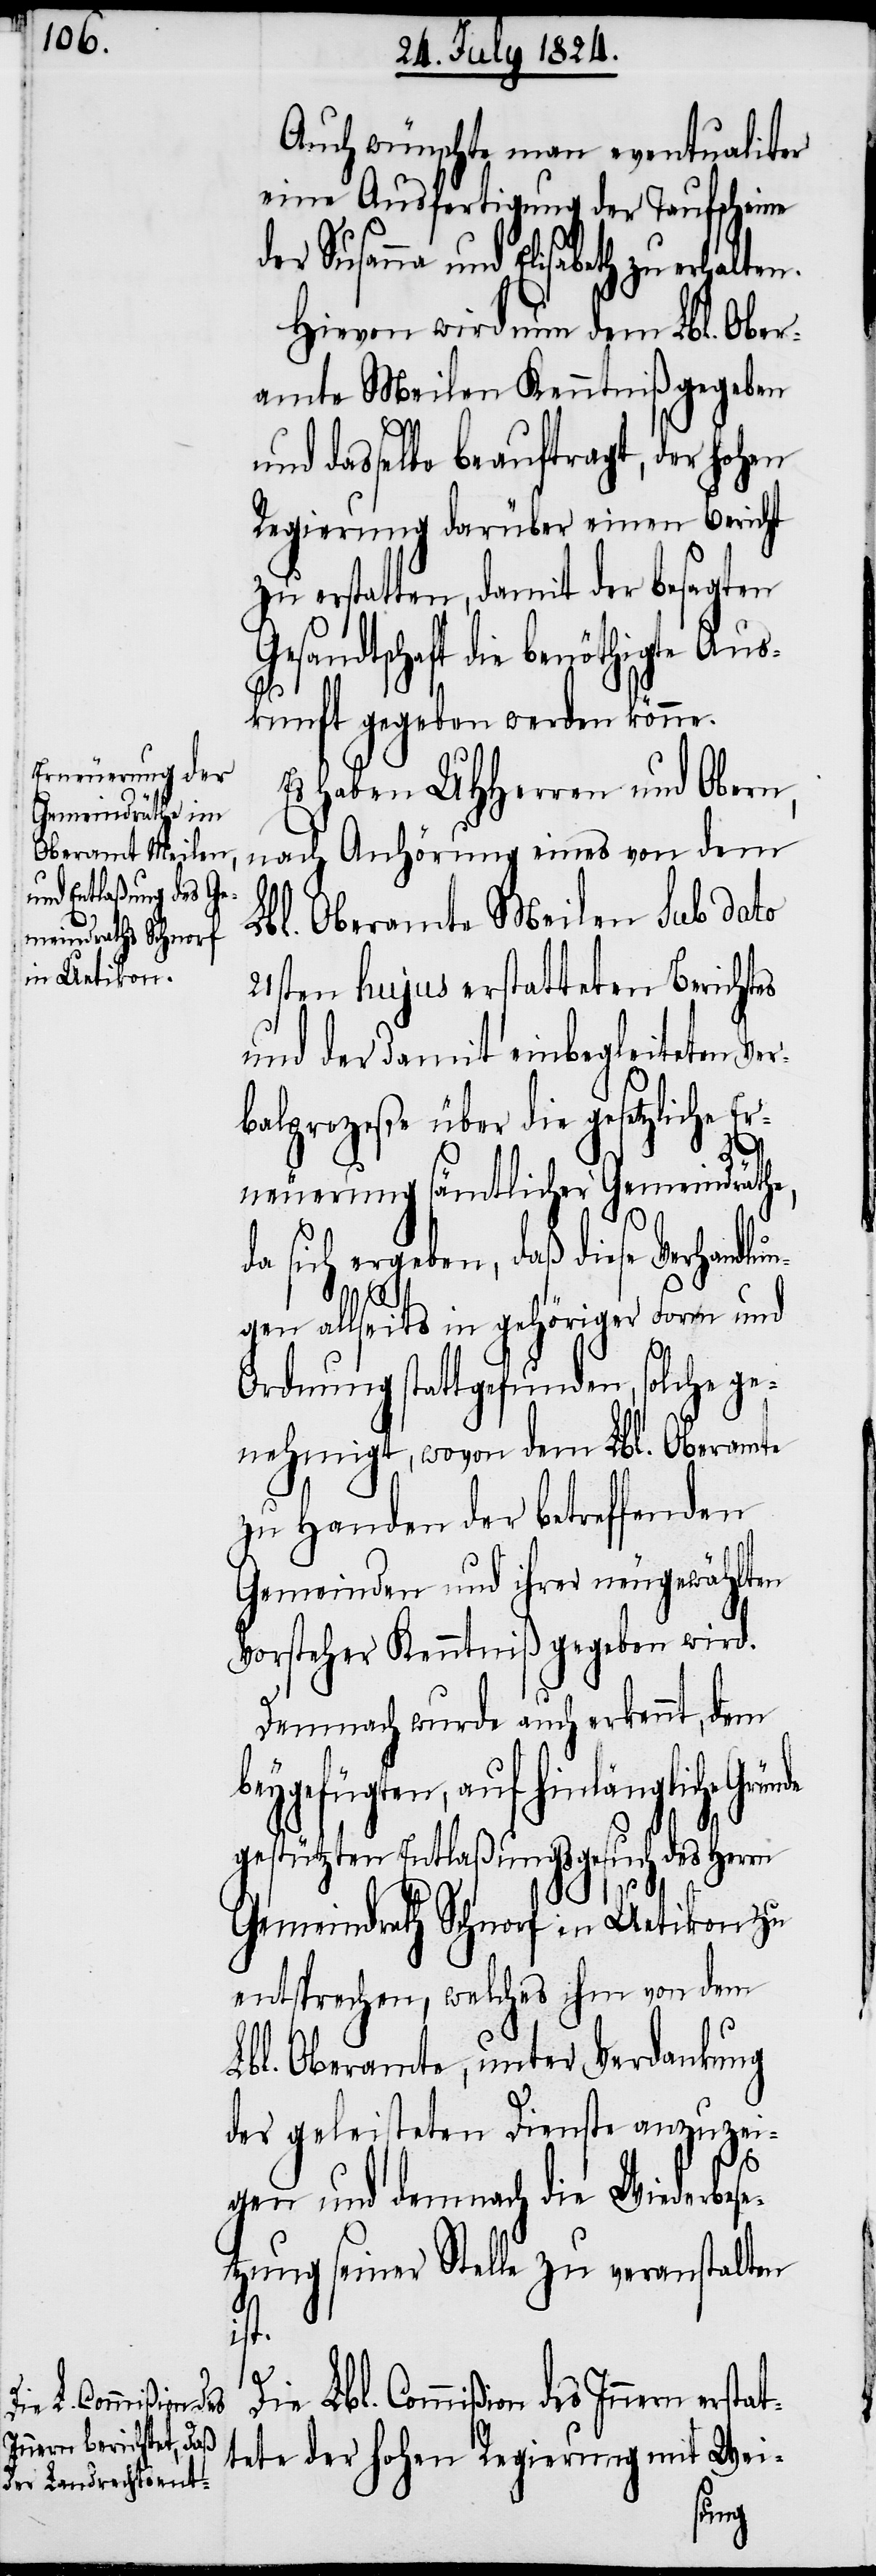
Auch wünschte man eventualiter
eine Ausfertigung der Taufscheine
der Susanna und Elisabetha zu erhalten.
Hiervon wird nun dem Lbl. Ober¬
amte Meilen Kenntniß gegeben
dasselbe beauftragt, der hohen
Regierung darüber einen Bericht
zu erstatten, damit der besagten
Gesandtschaft die benöthigte Aus¬
kunft gegeben werden könne.
Es haben UHHerren und Obern,
nach Anhörung eines von dem
Lbl. Oberamt Meilen sub dato
21sten hujus erstatteten Berichtes
und der damit einbegleiteten Ver¬
balprozeße über die gesetzliche E¬
rneuerung sämtlicher Gemeindräthe,
da sich ergeben, daß diese Verhan¬
dlun¬
gen allseits in gehöriger Form und
Ordnung stattgefunden, solche ge¬
nehmigt, wovon dem Lbl. Oberamte
zu Handen der betreffenden
Gemeinden und ihrer neugewählten
Vorsteher Kenntniß gegeben wird.
Demnach wurde auch erkennt, dem
beygefügten, auf hinlängliche Grün¬
de
gestützten Entlaßungsgesuch des Herrn
Gemeindrath Schnorf in Uetikon zu
entsprechen, welches ihm von dem
Lbl. Oberamte, unter Verdankung
der geleisteten Dienste anzuzei¬
gen und demnach die Wiederbese¬
tzung seiner Stelle zu veranstalten
ist.
Die Lbl. Commißion des Innern erstat¬
tete der hohen Regierung mit Wei-